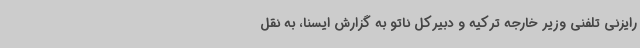
رایزنی تلفنی وزیر خارجه ترکیه و دبیرکل ناتو به گزارش ایسنا، به نقل